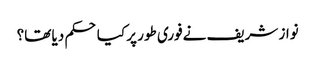
نواز شریف نےفوری طور پر کیا حکم دیا تھا؟